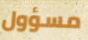
مسؤول